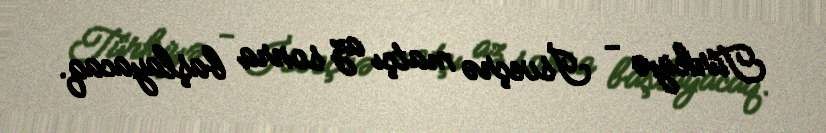
Türkiyə - İsveçrə matçı az sonra başlayacaq.